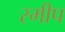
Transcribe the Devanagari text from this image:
स्मीप